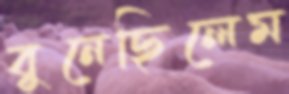
বুনেছিলেম